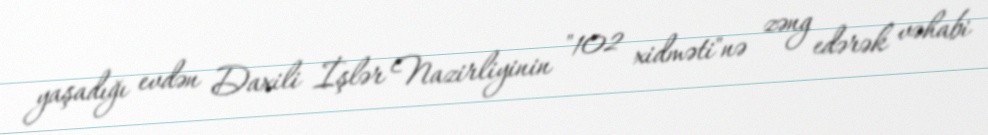
yaşadığı evdən Daxili İşlər Nazirliyinin "102 xidməti"nə zəng edərək vəhabi